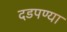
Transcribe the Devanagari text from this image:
दडपण्या